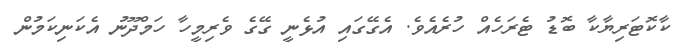
ކާކޮޓަރިޔާކާ ބޮޑު ޓެރަހެއް ހުރެއެވެ. އެގޭގައި އުޅެނީ ގޭގެ ވެރިމީހާ ހަމްދޫނު އެކަނިކަމުން